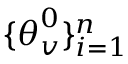
\lbrace \boldsymbol { \theta } _ { v } ^ { 0 } \rbrace _ { i = 1 } ^ { n }